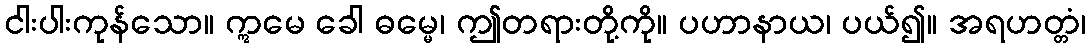
ငါးပါးကုန်သော။ ဣမေ ခေါ ဓမ္မေ၊ ဤတရားတို့ကို။ ပဟာနာယ၊ ပယ်၍။ အရဟတ္တံ၊